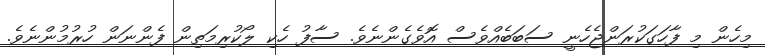
މިހެން މި ފާހަގަކުރަންޖެހެނީ ސަބަބެއްވެސް އޮވެގެންނެވެ. ސާފު ހެކި ލޯކުރިމަތިން ފެންނަން ހުރުމުންނެވެ.